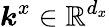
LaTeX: \boldsymbol{k}^{x}\in\mathbb{R}^{d_{x}}